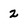
Character: 2